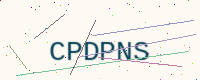
Text: CPDPNS